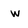
Character: w